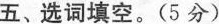
五、选词填空。(5分)